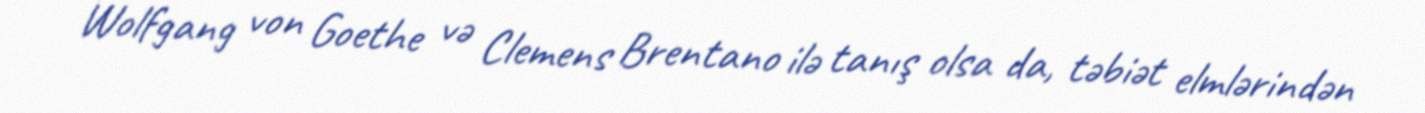
Wolfgang von Goethe və Clemens Brentano ilə tanış olsa da, təbiət elmlərindən